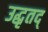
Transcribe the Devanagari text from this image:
उद्धृतद्